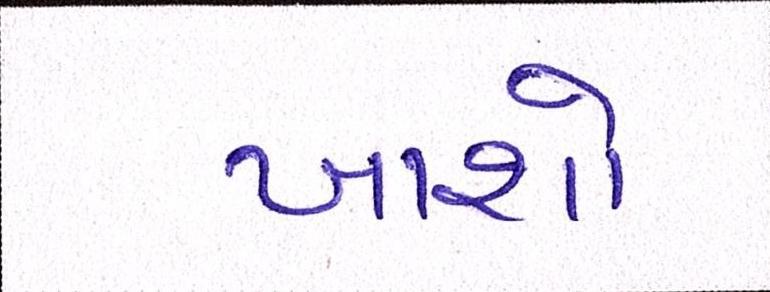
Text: ખાશો